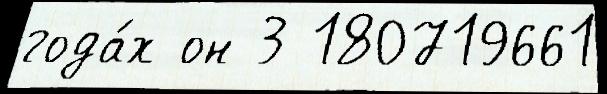
года́х он 3 180719661